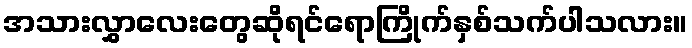
အသားလွှာလေးတွေဆိုရင်ရောကြိုက်နှစ်သက်ပါသလား။